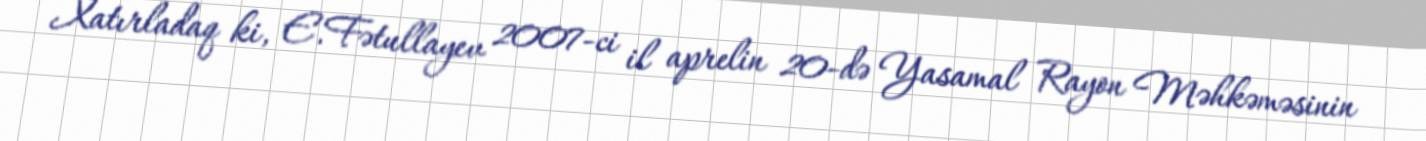
Xatırladaq ki, E.Fətullayev 2007-ci il aprelin 20-də Yasamal Rayon Məhkəməsinin